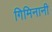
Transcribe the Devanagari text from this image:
गिमिनानी